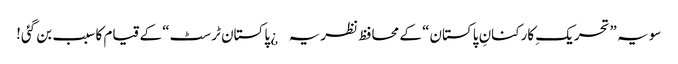
سو یہ ”تحریکِ کارکنانِ پاکستان“ کے محافظ نظریہ¿ پاکستان ٹرسٹ“ کے قیام کا سبب بن گئی!